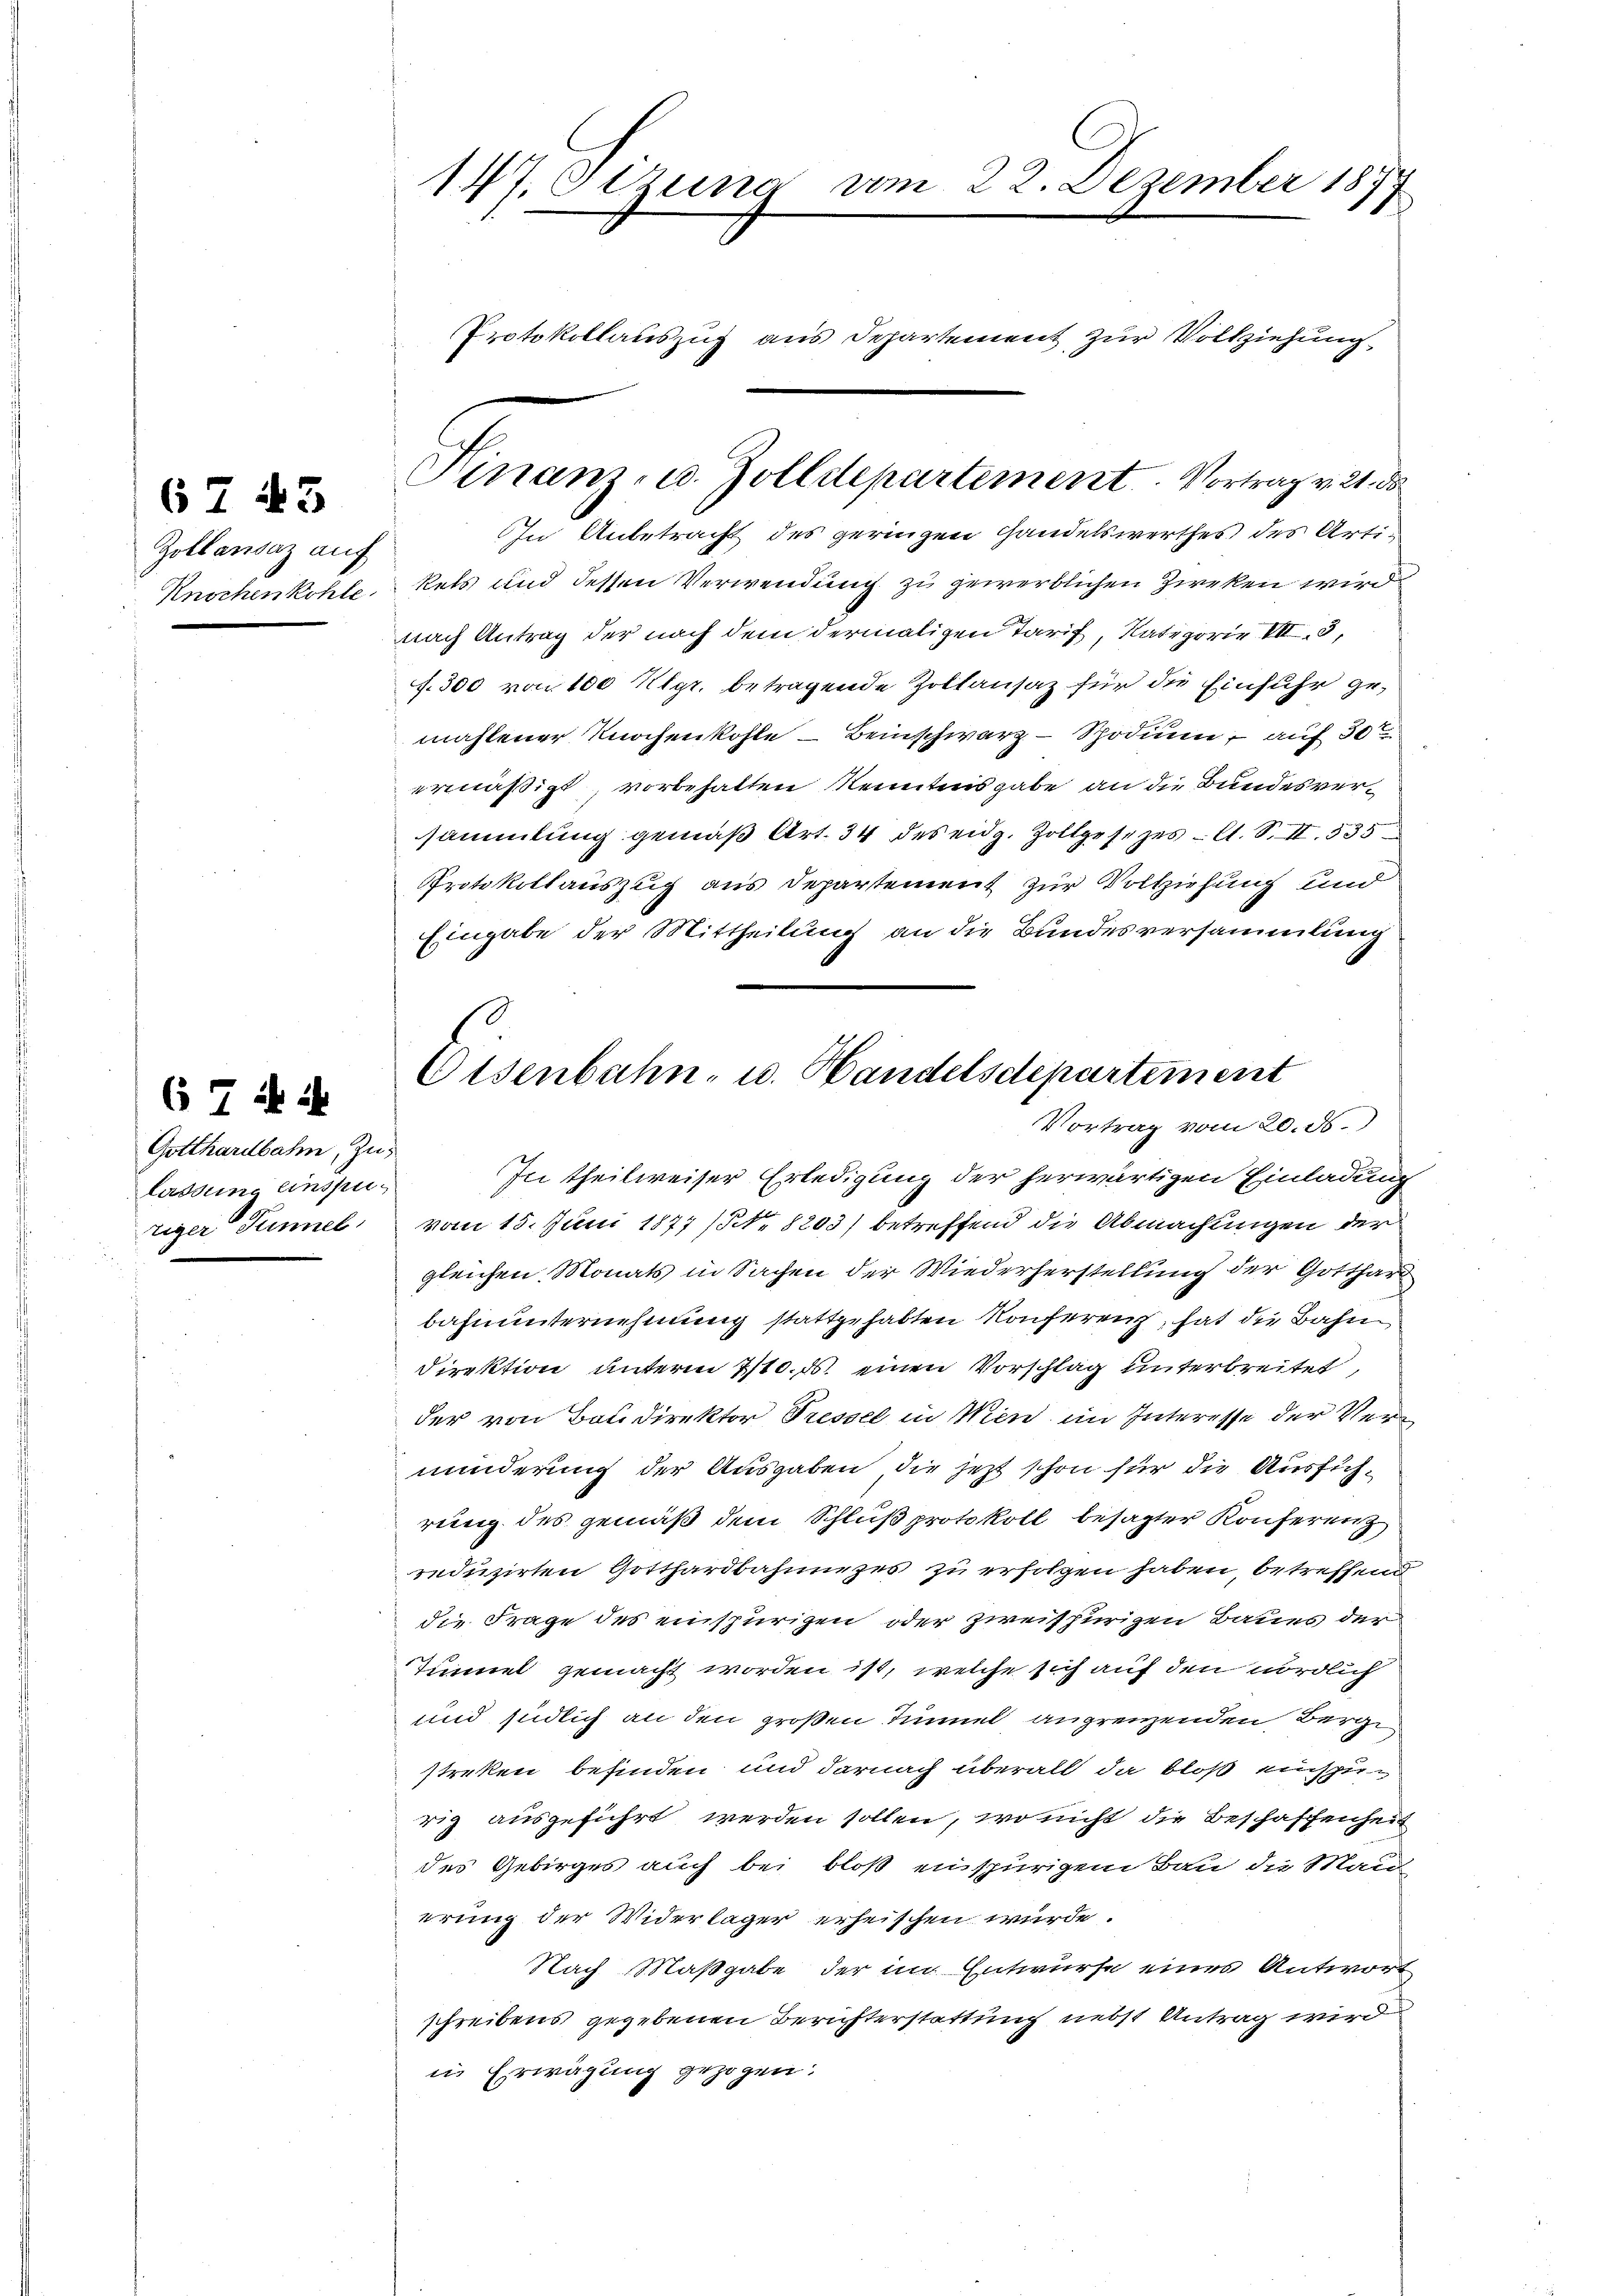
Zoltansaz auf
Knochenkohle

67 43

674 i

Gotthardbahn, zulassung einsputiger Tunnel

147. Ottung vom 22. Dezember 187
1
Protokollauszug aus Departement zur Volkziehung

Finanz- u. Zolldepartement. Vortrag v. 21. ds

In Unbetracht des geringen Handelswerthes des Artikels und dessen Verwendung zu gewerblichen Zweken wird
nach Antrag der nach dem dermaligen Tarif, Kategorie VII. 3,
f. 300 von 100 Kigr. betragende Zoltansaz für die Einfuhr gemahlener Knochenkohle – Beinschwarz – Spodium, auf 30
ermäßigt vorbehalten Kenntnisgabe an die Bundesversammlung gemäß Art. 34 des eidg. Zollgesezes - A. S. II 535
Protokollauszug aus Departement zur Vollziehung und
Eingabe der Mittheilung an die Bundesversammlung
In theilweiser Erledigung der herwärtigen Einladung
vom 15. Juni 1877 (N. 8203) betreffend die Abmachungen der
gleichen Monats in Sachen der Wiederherstellung der Gotthar
bahnunternehmung stattgehabten Konferenz, hat die Bahn¬
Direktion unterm 7/10. ds. einen Vorschlag unterbreitet,
der von Baudirektor Pressel in Wien im Interesse der Verminderung der Ausgaben, die jezt schon für die Ausführung des gemäß dem Schluß protokoll besagter Konferenz
reduzirten Gotthardbahnunges zu erfolgen haben, betreffend
die Frage des einspürigen oder zweifhürigen Baues der
Tunnel gemacht worden ist, welche sich auf den nördlich
und südlich an den großen Tunnel angrenzenden Berge
streken befinden und darnach überall da bloß einspirig ausgeführt werden sollen, wo nicht die Beschaffenheit
des Gebirges auch bei bloß einspurigem Bau die Man
erung der Widerlager erheischen wurde.
Nach Maßgabe der im Entwurfe eines Antwort
schreibens gegebenen Berichterstattung nebst Antrag wird
in Erwägung gezogen:

Osenbahn- u. Handelsdepartement
Vortrag vom 20. ds.